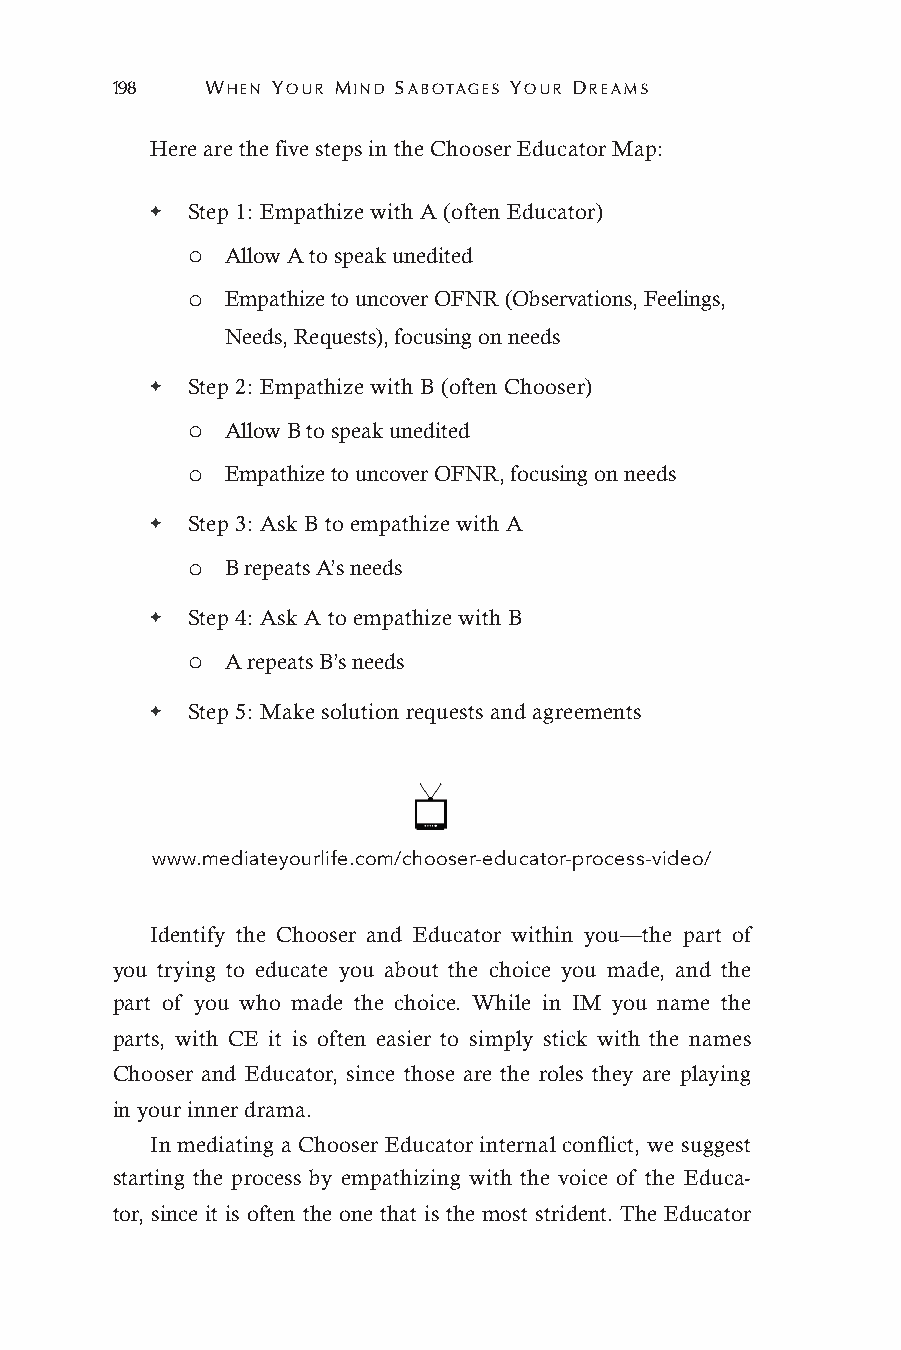
198    WHEN YOUR MIND SABOTAGES YOUR DREAMS
 Here are the five steps in the Chooser Educator Map:
 ✦ Step 1: Empathize with A (often Educator)
 o  Allow A to speak unedited
 o  Empathize to uncover OFNR (Observations, Feelings,
 Needs, Requests), focusing on needs
 ✦ Step 2: Empathize with B (often Chooser)
 o  Allow B to speak unedited
 o  Empathize to uncover OFNR, focusing on needs
 ✦ Step 3: Ask B to empathize with A
 o  B repeats A’s needs
 ✦ Step 4: Ask A to empathize with B
 o  A repeats B’s needs
 ✦ Step 5: Make solution requests and agreements
 www.mediateyourlife.com/chooser-educator-process-video/
 Identify the Chooser and Educator within you—the part of
 you trying to educate you about the choice you made, and the
 part of you who made the choice. While in IM you name the
 parts, with CE it is often easier to simply stick with the names
 Chooser and Educator, since those are the roles they are playing
 in your inner drama.
 In mediating a Chooser Educator internal conflict, we suggest
 starting the process by empathizing with the voice of the Educa-
 tor, since it is often the one that is the most strident. The Educator